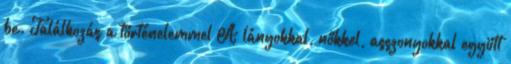
be. Találkozás a történelemmel A lányokkal, nőkkel, asszonyokkal együtt